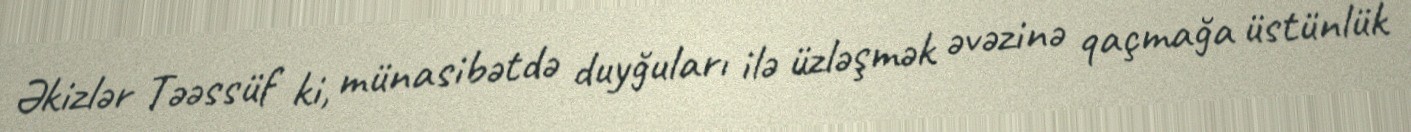
Əkizlər Təəssüf ki, münasibətdə duyğuları ilə üzləşmək əvəzinə qaçmağa üstünlük